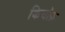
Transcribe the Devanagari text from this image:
किचॉफ़